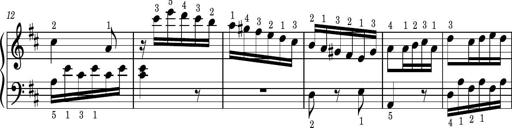
Title: Easy Progressive Lessons and 4 Sonatinas
Composer: Thomas Attwood